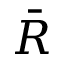
\bar { R }